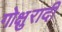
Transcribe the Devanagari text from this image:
गोक्षुरादी